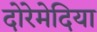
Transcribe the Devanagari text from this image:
दोरेमेदिया